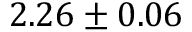
2 . 2 6 \pm 0 . 0 6